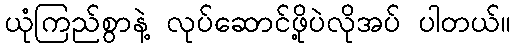
ယုံကြည်စွာနဲ့ လုပ်ဆောင်ဖို့ပဲလိုအပ် ပါတယ်။